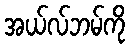
အယ်လ်ဘမ်ကို